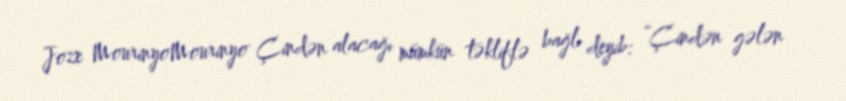
Joze MourinyoMourinyo Çindən alacağı mümkün təkliflə bağlı deyib: “Çindən gələn